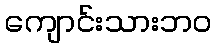
ကျောင်းသားဘဝ